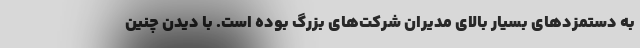
به دستمزدهای بسیار بالای مدیران شرکت‌های بزرگ بوده است. با دیدن چنین